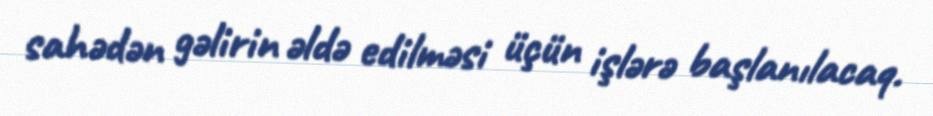
sahədən gəlirin əldə edilməsi üçün işlərə başlanılacaq.